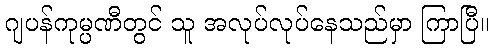
ဂျပန်ကုမ္ပဏီတွင် သူ အလုပ်လုပ်နေသည်မှာ ကြာပြီ။